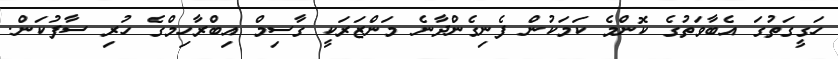
ހަގީގަތުގަ އެބާވަތުގެ ކޮންމެ ކަމަކުން ފެނިގެންދާނެ މަންޒަރަކީ ގާސިމް އިބްރާހިމްގެ ހުރި ސާފުކަން.